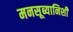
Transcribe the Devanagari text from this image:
मनसूब्यानिशी